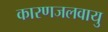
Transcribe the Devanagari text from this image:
कारणजलवायु